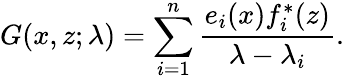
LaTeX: G(x,z;\lambda)=\sum_{i=1}^{n}{\frac{e_{i}(x)f_{i}^{*}(z)}{\lambda-\lambda_{i}}}.